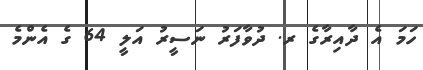
ހަމަ އެ ދާއިރާގެ ރ. ދުވާފަރު ނަސީރު އަލީ 64 ގެ އެންމެ